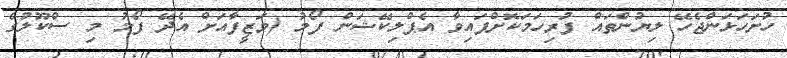
ހުށަހަޅަންޖެހޭ ލިޔުންތައް ފުރިހަމަކޮށްފައިވާ އެޕްލިކޭޝަން ފޯމު (ވަޒީފާއަށް އެދޭ ފޯމު މި ސްކޫލުގެ